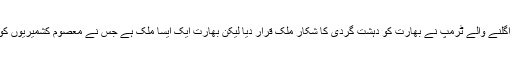
سب سے دردناک بات یہ کہ صدارتی مہم کے دوران مسلمانوں کے خلاف زہر اُگلنے والے ٹرمپ نے بھارت کو دہشت گردی کا شکار ملک قرار دیا لیکن بھارت ایک ایسا ملک ہے جس نے معصوم کشمیریوں کو دہشت گردی کا نشانہ بنا رکھا ہے جو صرف آزادی کی تحریک چلا رہے ہیں۔